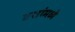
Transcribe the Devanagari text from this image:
ठशांमध्ये